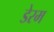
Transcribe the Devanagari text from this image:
डेरम